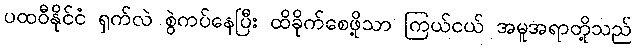
ပထဝီနိုင်ငံ ရှက်လဲ စွဲကပ်နေပြီး ထိခိုက်စေဖို့သာ ကြယ်ငယ် အမူအရာတို့သည်